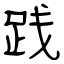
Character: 践